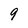
Character: 9